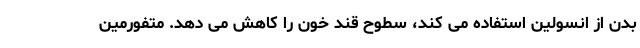
بدن از انسولین استفاده می کند، سطوح قند خون را کاهش می دهد. متفورمین